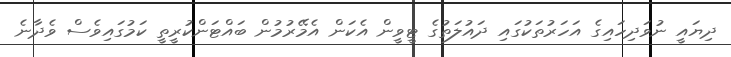
ދިޔައީ ނުވަދިހައިގެ އަހަރުތަކުގައި ދައުލަތުގެ ޓީވީން އެކަން އެމޭރުމުން ބައްޓަންކުރީތީ ކަމުގައިވެސް ވެދާނެ